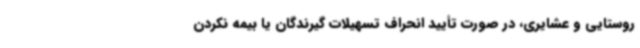
روستایی و عشایری، در صورت تأیید انحراف تسهیلات گیرندگان یا بیمه نکردن